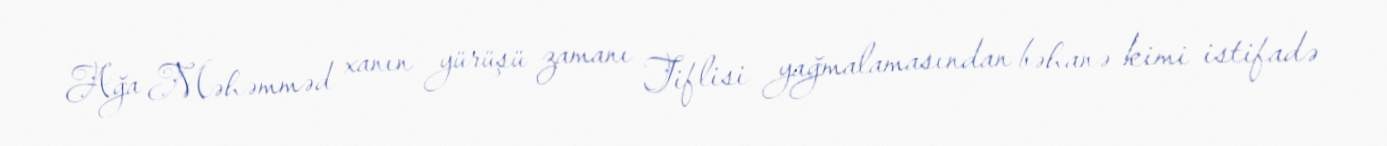
Ağa Məhəmməd xanın yürüşü zamanı Tiflisi yağmalamasından bəhanə kimi istifadə